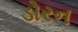
ડોરન